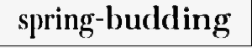
spring-budding